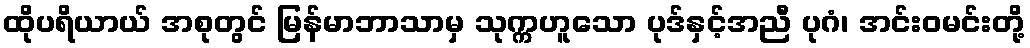
ထိုပရိယာယ် အစုတွင် မြန်မာဘာသာမှ သုက္ကဟူသော ပုဒ်နှင့်အညီ ပုဂံ၊ အင်းဝမင်းတို့